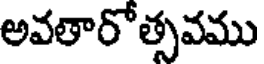
అవతారోత్సవము